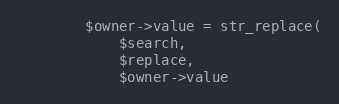
Language: PHP
        $owner->value = str_replace(
            $search,
            $replace,
            $owner->value